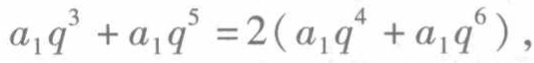
\(a_{1}q^{3}+a_{1}q^{5}=2(a_{1}q^{4}+a_{1}q^{6})\)